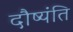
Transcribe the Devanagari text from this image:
दौष्यंति